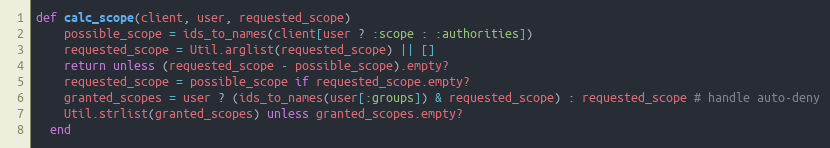
Language: Ruby
def calc_scope(client, user, requested_scope)
    possible_scope = ids_to_names(client[user ? :scope : :authorities])
    requested_scope = Util.arglist(requested_scope) || []
    return unless (requested_scope - possible_scope).empty?
    requested_scope = possible_scope if requested_scope.empty?
    granted_scopes = user ? (ids_to_names(user[:groups]) & requested_scope) : requested_scope # handle auto-deny
    Util.strlist(granted_scopes) unless granted_scopes.empty?
  end